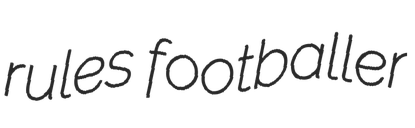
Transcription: rules footballer